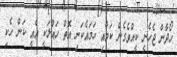
ހޯދާން ޖެހެނީ ކީއްވެގެން ކަމާއި ހަމައެކަނި އޮތް ހައްލަކީ އެއީ ކަން ހެކި